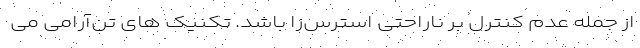
از جمله عدم کنترل بر ناراحتی استرس‌زا باشد. تکنیک های تن‌آرامی می